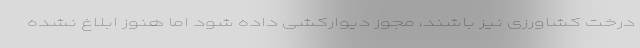
درخت کشاورزی نیز باشند، مجوز دیوارکشی داده شود اما هنوز ابلاغ نشده